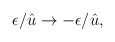
\begin{align*}\epsilon/\hat{u} \rightarrow - \epsilon/\hat{u},\end{align*}